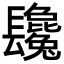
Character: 𨳂